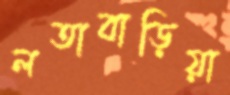
লতাবাড়িয়া